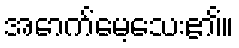
အောက်မေ့သေး၏။